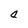
Character: 0